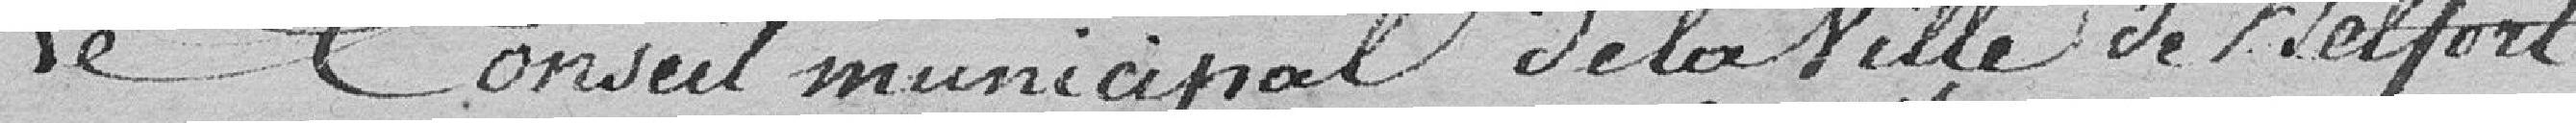
Le Conseil municipal de la ville de Belfort,